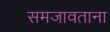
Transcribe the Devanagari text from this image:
समजावताना